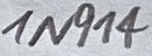
Text: IN914